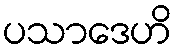
ပသာဒေဟိ